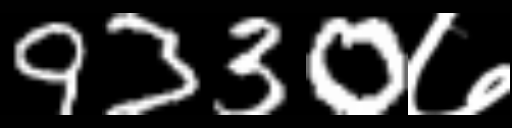
Text: 9330७